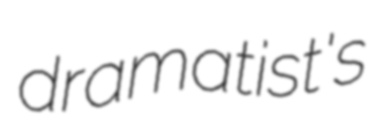
dramatist's